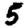
Digit: 5